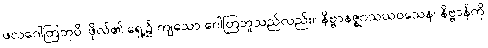
ဖလဂေါတြဘုပိ၊ ဖိုလ်၏ ရှေ့၌ ကျသော ဂေါတြဘူသည်လည်း။ နိဗ္ဗာနဇ္ဈာသယဝသေန၊ နိဗ္ဗာန်ကို